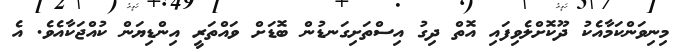
މިނިވަންކަމާއެކު ދޫކޮށްލެވިފައި އޮތް ދިގު އިސްތަށިގަނޑުން ބޮޑަށް ވައްތަރީ އިންޑިޔަން ކުއްޖަކާއެވެ. އެ